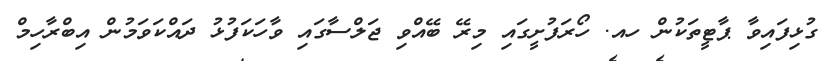
ގުޅިފައިވާ ޕާޓީތަކުން ހއ. ހޯރަފުށީގައި މިރޭ ބޭއްވި ޖަލްސާގައި ވާހަކަފުޅު ދައްކަވަމުން އިބްރާހިމް